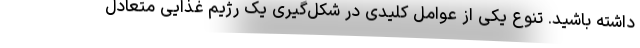
داشته باشید. تنوع یکی از عوامل کلیدی در شکل‌گیری یک رژیم غذایی متعادل